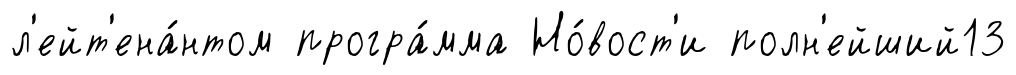
л'ейт'ена́нтом програ́мма Но́вост'и полн'ейший13